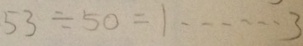
5 3 \div 5 0 = 1 \cdots 3